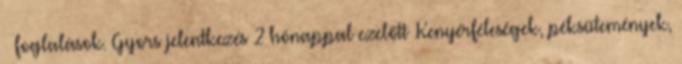
– foglalások. Gyors jelentkezés 2 hónappal ezelőtt .Kenyérféleségek, péksütemények,